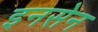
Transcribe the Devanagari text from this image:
इनसेन